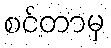
စင်တာမှ